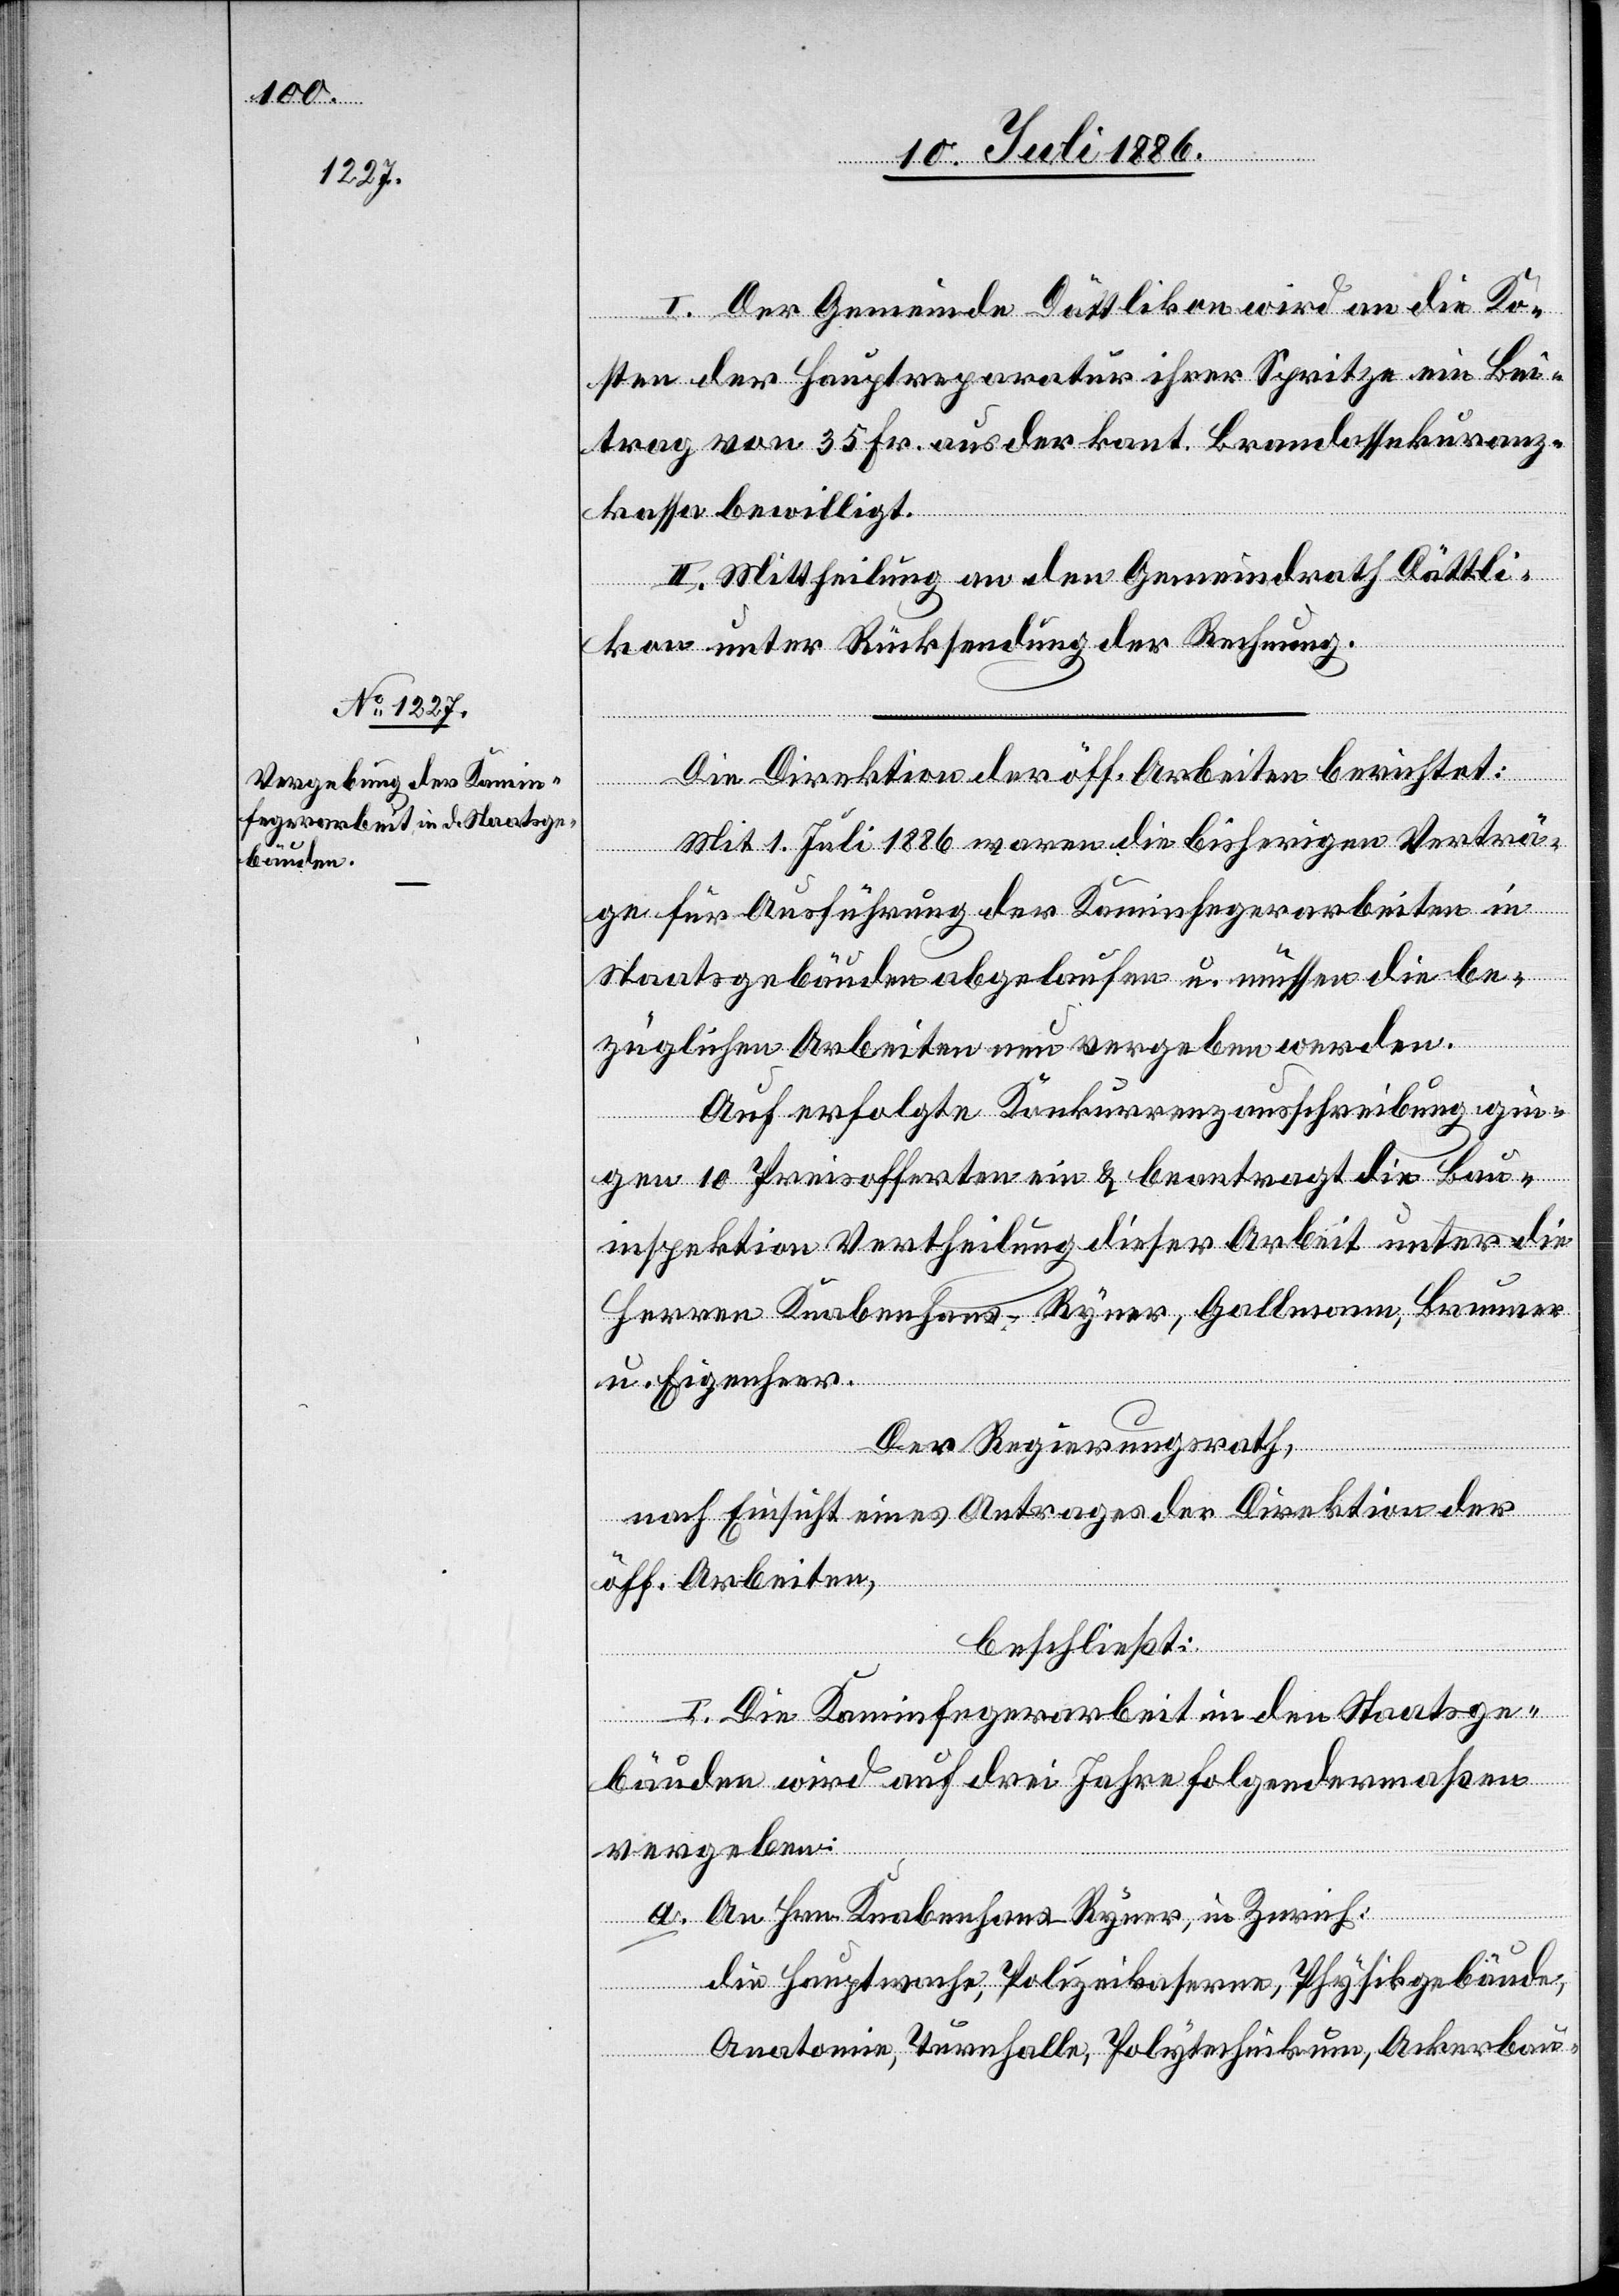
I. Der Gemeinde Dättlikon wird an die Ko¬
sten der Hauptreparatur ihrer Spritze ein Bei¬
trag von 35 Fr. aus der kant. Brandassekuranz¬
kassa bewilligt.
II. Mittheilung an den Gemeindrath Dättli¬
kon unter Rücksendung der Rechnung.
Die Direktion der öff. Arbeiten berichtet:
Mit 1. Juli 1886 waren die bisherigen Verträ¬
ge für Ausführung der Kaminfegerarbeiten in
Staatsgebäuden abgelaufen u. müssen die be¬
züglichen Arbeiten neu vergeben werden.
Auf erfolgte Konkurrenzausschreibung gin¬
gen 10 Preisofferten ein & beantragt die Bau¬
inspektion Vertheilung dieser Arbeit unter die
Herren Knabenhans-Ryner, Gallmann, Brunner
u. Eigenheer.
Der Regierungsrath,
nach Einsicht eines Antrages der Direktion der
öff. Arbeiten,
beschließt:
I. Die Kaminfegerarbeit in den Staatsge¬
bäuden wird auf drei Jahre folgendermaßen
vergeben:
a. An Hrn. Knabenhans-Ryner, in Zürich:
die Hauptwache, Polizeikaserne, Physikgebäude,
Anatomie, Turnhalle, Polytechnikum, Ackerbau-